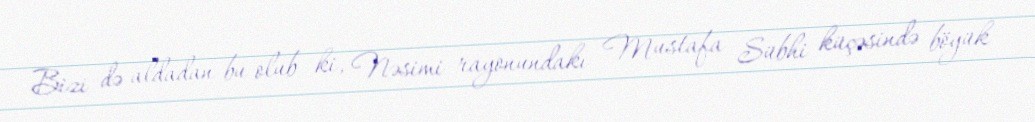
Bizi də aldadan bu olub ki, Nəsimi rayonundakı Mustafa Sübhi küçəsində böyük